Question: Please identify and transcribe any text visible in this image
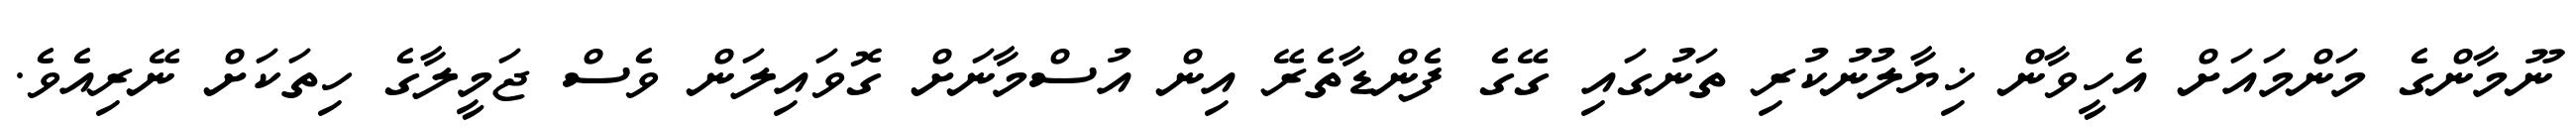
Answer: ނޫމާންގެ މަންމައަށް އެހީވާން ޚިޔާލުނުކުރި ތަނުގައި ގޭގެ ފެންޑާތެރޭ އިން އުސްމާނަށް ގޮވައިލަން ވެސް ޖަމީލާގެ ހިތަކަށް ނޭރިއެވެ.